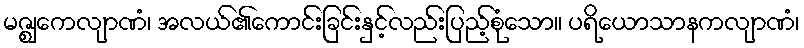
မဇ္ဈေကလျာဏံ၊ အလယ်၏ကောင်းခြင်းနှင့်လည်းပြည့်စုံသော။ ပရိယောသာနကလျာဏံ၊